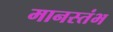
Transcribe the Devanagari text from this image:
मानस्तंभ